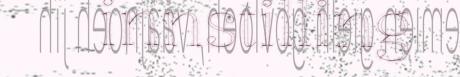
innstilling